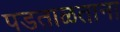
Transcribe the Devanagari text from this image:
पडताळताना